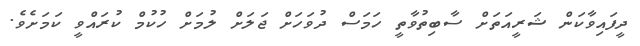
ދީފައިވާކަން ޝަރީއަތަށް ސާބިތުވާތީ ހަމަސް ދުވަހަށް ޖަލަށް ލުމަށް ހުކުމް ކުރައްވީ ކަމަށެވެ.